Lunatic asylums in Bengal annual reports 1899-1911 - 1899-1911
Year: 1899
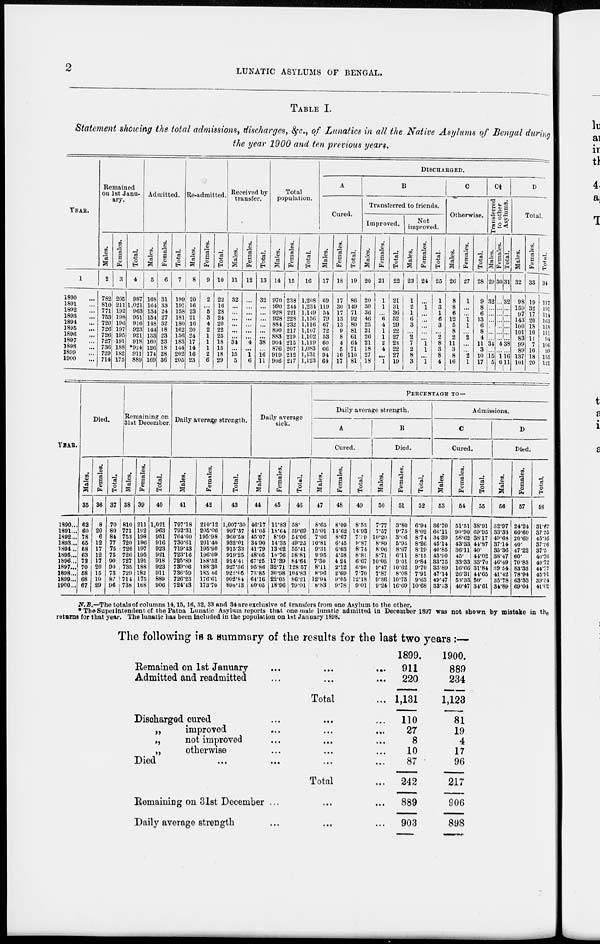
2
LUNATIC ASYLUMS OF BENGAL.
TABLE I.
Statement showing the total admissions, discharges, &c., of Lunatics in all the Native Asylums of Bengal during
the year 1900 and ten previous years.
YEAR.
1
1890 ...
1891 ...
1892 ...
1893 ...
1894 ...
1895 ...
1896 ...
1897 ...
1898 ...
1899 ...
1900 ...
Remained
on 1st Janu-
ary.
Males.
2
782
810
771
753
720
726
726
727
736
729
714
Females.
3
205
211
192
198
196
197
195
191
188
182
175
Total.
4
987
1,021
963
951
916
923
921
918
*924
911
889
Admitted.
Males.
5
168
164
134
154
148
144
133
160
126
174
169
Females.
6
31
33
24
27
32
18
23
23
18
28
36
Total.
7
199
197
158
181
180
162
156
183
144
202
205
Re-admitted.
Males.
8
20
16
23
21
16
20
24
17
14
16
23
Females.
9
2
...
5
3
4
2
1
1
1
2
6
Total.
10
22
16
28
24
20
22
25
18
15
18
29
Received by
transfer.
Males.
11
32
...
...
...
...
...
...
34
...
15
5
Females.
12
...
...
...
...
...
...
...
4
...
1
6
Total.
13
32
...
...
...
...
...
...
38
...
16
11
Total
population.
Males.
14
970
990
928
928
884
890
883
904
876
919
906
Females.
15
238
244
221
228
232
217
219
215
207
212
217
Total.
16
1,208
1,234
1,149
1,156
1,116
1,107
1,102
1,119
1,083
1,131
1,123
DISCHARGED.
A
Cured.
Males.
17
69
119
54
79
67
72
53
60
66
94
64
Females.
18
17
30
17
13
13
9
8
4
5
16
17
Total.
19
86
149
71
92
80
81
61
64
71
110
81
B
Transferred to friends.
Improved.
Males.
20
20
30
36
46
25
21
26
21
18
27
18
Females.
21
1
1
...
6
4
1
1
2
4
...
1
Total.
22
21
31
36
52
29
22
27
23
22
27
19
Not
improved.
Males.
23
1
2
1
6
3
...
2
7
2
8
3
Females.
24
...
1
...
...
...
...
...
1
1
...
1
Total.
25
1
3
1
6
3
...
2
8
3
8
4
C
Otherwise.
Males.
26
8
8
6
12
5
8
2
11
3
8
16
Females.
27
1
...
...
1
1
...
2
...
...
2
1
Total.
28
9
8
6
13
6
8
4
11
3
10
17
C½
Transferred
to other
Asylums.
Males.
29
32
...
...
...
...
...
...
34
...
15
5
Females.
30
...
...
...
...
...
...
...
4
...
1
6
Total.
31
32
...
...
...
...
...
...
38
...
16
11
D
Total.
Males.
32
98
159
97
143
100
101
83
99
89
137
101
Females.
33
19
32
17
20
18
10
11
7
10
18
20
Total.
34
117
191
114
163
118
111
94
106
99
155
121
YEAR.
1990 ...
1891...
1892...
1893...
1894...
1895...
1896...
1897...
1898...
1899...
1900...
Died.
Males.
35
62
60
78
65
58
63
73
70
58
68
67
Females.
36
8
20 6
12
17
12
17
20 15
19
29
Total.
37
70
80
84
77
75
75
90
90
73
87
96
Remaining on
31st December.
Males.
38
810
771
753
720
726
726
727
735
729
714
738
Females.
39
211
192
198
196
197
195
191
188
182
175
168
Total.
40
1,021
963
951
916
923
921
918
923
911
889
906
Daily average strength.
Males.
41
797.18
792.31
764.60
730.61
719.43
723.16
725.89
739.06
736.59
726.23
724.43
Females.
42
210.12
205.06
195.98
201.40
195.90
196.09
188.52
188.30
185 46
176.61
173.70
Total.
43
1,007.30
997.37
960.58
932.01
915.33
919.25
914.41
927.36
922.05
902.84
898.13
Daily average
sick.
Males.
44
46.17
41.05
45.07
34.90
41.79
48.05
67.25
95.86
73.85
64.16
60.05
Females.
45
11.83
18.64
8.99
14.35
13.62
10.76
17.39
32.71
30.98
22.05
18.96
Total.
46
58.
59.69
54.06
49.25
56.41
58.81
84.64
128.57
104.83
86.21
79.01
PERCENTAGE
TO—
Daily average strength.
A
Cured.
Males.
47
8.65
15.01
7.06
10.81
9.31
9.95
7.30
8.11
8.96
12.94
8.83
Females.
48
8.09
14.62
8.67
6.45
6.63
4.58
4.24
2.12
2.69
9.05
9.78
Total.
49
8.53
14.93
7.19
9.87
8.74
8.81
6.67
6.90
7.70
12.18
9.01
B
Died.
Males.
50
7.77
7.57
10.20
8.89
8.06
8.71
10.05
9.47
7.87
9.36
9.24
Females.
51
3.80
9.75
3.06
5.95
8.67
6.11
9.01
10.62
8.08
10.75
16.60
Total.
52
6.94
8.02
8.74
8.26
8.19
8.15
9.84
9.70
7.91
9.63
10.68
Admissions.
C
Cured.
Males.
53
36.70
66.11
34.39
45.14
40.85
43.90
33.75
33.89
47.14
49.47
33.33
Females.
54
51.51
90.90
58.62
43.33
36.11
45.
33.33
16.66
26.31
53.33
40.47
Total.
55
38.91
69.95
38.17
44.87
40.
44.02
33.70
31.84
44.65
50.
34.61
D
Died.
Males.
56
32.97
33.33
49.68
37.14
35.86
38.47
46.49
39.54
41.42
35.78
34.89
Females.
57
24.24
60.60
20.69
40.
47.22
60.
70.83
83.33
78.94
63.33
69.04
Total.
58
31.67
37.55
45.16
37.56
37.5
40.76
49.72
44.77
45.91
39.54
41.02
N.B.—The totals of columns 14,15,16, 32, 33 and 34 are exclusive of transfers from one Asylum to the other.
*The Superintendent of the Patna Lunatic Asylum reports that one male lunatic admitted in December 1897 was not shown by mistake in the
returns for that year. The lunatic has been included in the population on 1st January 1898.
The following is a summary of the results for the last two years :—
Remained on 1st January ... ... ...
Admitted and readmitted ... ... ...
Total ...
Discharged cured ... ... ...
„
improved ... ... ...
„
not improved ... ... ...
„
otherwise ... ... ...
Died ... ... ... ...
Total ...
Remaining on 31st December ... ... ...
Daily average strength ... ... ...
1899.
911
220
1,131
110
27
8
10
87
242
889
903
1900.
889
234
1,123
81
19
4
17
96
217
906
898